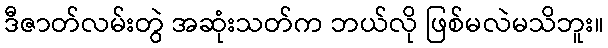
ဒီဇာတ်လမ်းတွဲ အဆုံးသတ်က ဘယ်လို ဖြစ်မလဲမသိဘူး။